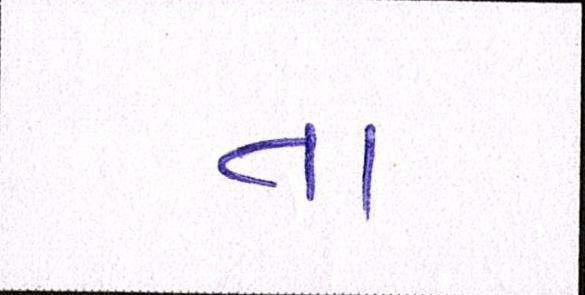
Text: તા